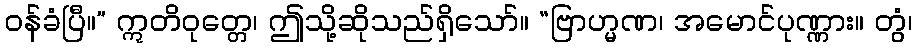
ဝန်ခံပြီ။” ဣတိဝုတ္တေ၊ ဤသို့ဆိုသည်ရှိသော်။ “ဗြာဟ္မဏ၊ အမောင်ပုဏ္ဏား။ တွံ၊